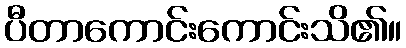
ပီတာကောင်းကောင်းသိ၏။